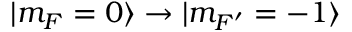
| m _ { F } = 0 \rangle \rightarrow | m _ { F ^ { \prime } } = - 1 \rangle